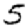
Digit: 5